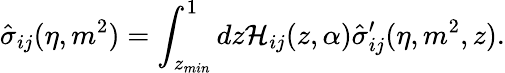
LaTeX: \hat{\sigma}_{ij}(\eta,m^{2})=\int_{z_{min}}^{1}dz{\cal H}_{ij}(z,\alpha)\hat{\sigma}_{ij}^{\prime}(\eta,m^{2},z).